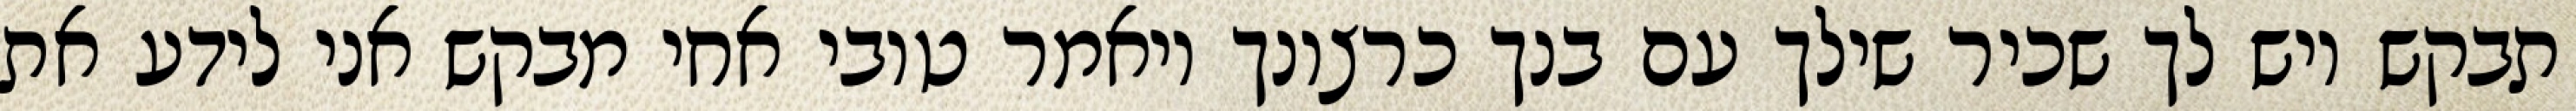
תבקש ויש לך שכיר שילך עם בנך כרצונך ויאמר טובי אחי מבקש אני לידע את